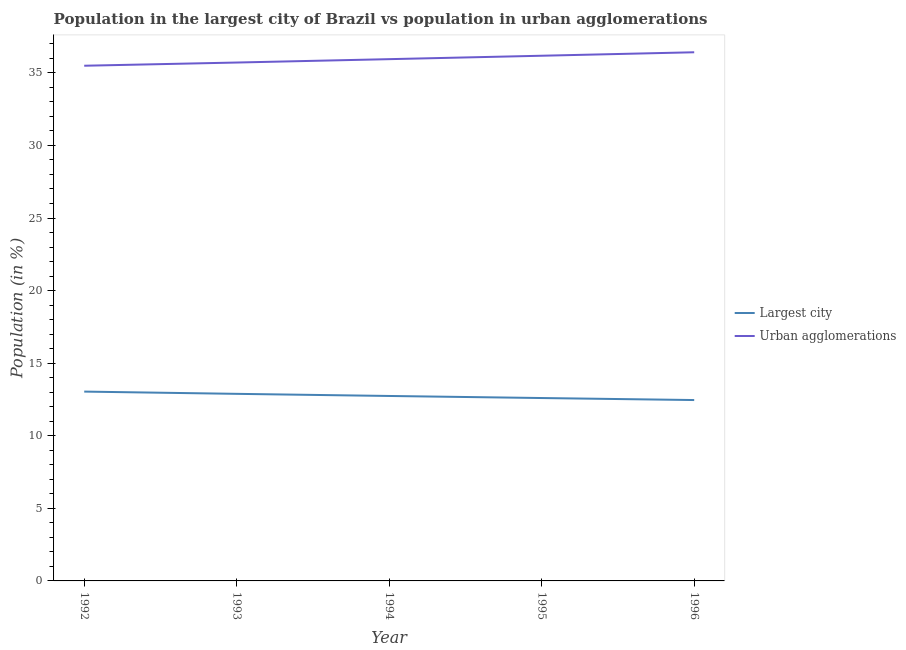
| Year | Largest city | Urban agglomerations |
 | --- | --- | --- |
 | 1992 | 13 | 35.5 |
 | 1993 | 12.9 | 35.7 |
 | 1994 | 12.7 | 35.9 |
 | 1995 | 12.6 | 36.2 |
 | 1996 | 12.5 | 36.4 |